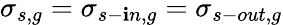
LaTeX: \sigma_{s,g}=\sigma_{s-\mathbf{i}n,g}=\sigma_{s-out,g}